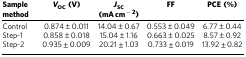
| Sample method | VOC (V) | JSC(mA cm−2) | FF | PCE (%) |
 | --- | --- | --- | --- | --- |
 | Control | 0.874±0.011 | 14.04±0.67 | 0.553±0.049 | 6.77±0.44 |
 | Step-1 | 0.858±0.018 | 15.04±1.16 | 0.663±0.025 | 8.57±0.92 |
 | Step-2 | 0.935±0.009 | 20.21±1.03 | 0.733±0.019 | 13.92±0.82 |